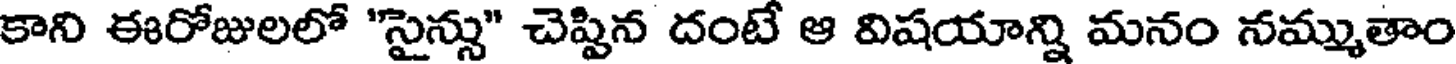
కాని ఈరోజులలో "సైన్సు" చెప్పిన దంటే ఆ విషయాన్ని మనం నమ్ముతాం